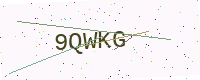
Text: 9QWKG